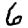
Digit: 6